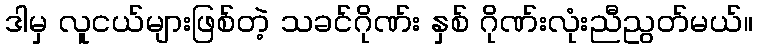
ဒါမှ လူငယ်များဖြစ်တဲ့ သခင်ဂိုဏ်း နှစ် ဂိုဏ်းလုံးညီညွတ်မယ်။